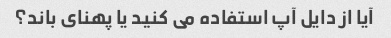
آیا از دایل آپ استفاده می کنید یا پهنای باند؟